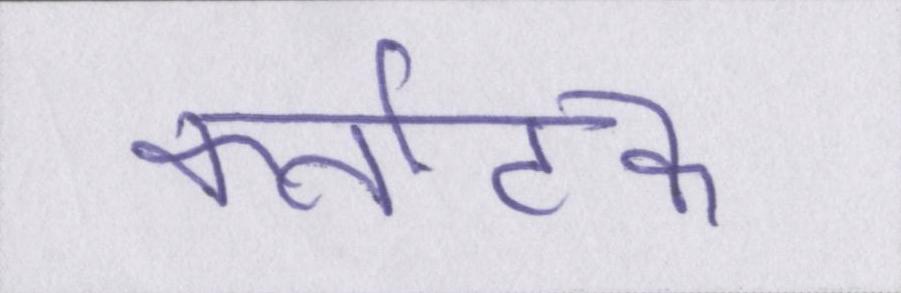
कर्नाटक